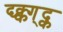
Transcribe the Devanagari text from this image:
द्य्क्क्ग्द्क